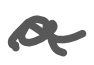
Text: a
Cross-out: wave
Writing tool: digital_gray